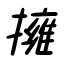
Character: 擁